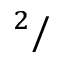
^ 2 /